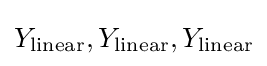
Y_{\mathrm {linear} },Y_{\mathrm {linear} },Y_{\mathrm {linear} }